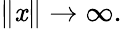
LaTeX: \| \mathit{x}\| \to\infty.